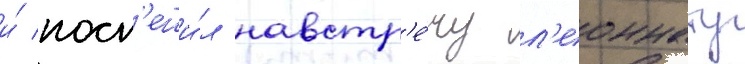
и́ посп'еши́л навстр'е́чу л'еоннату